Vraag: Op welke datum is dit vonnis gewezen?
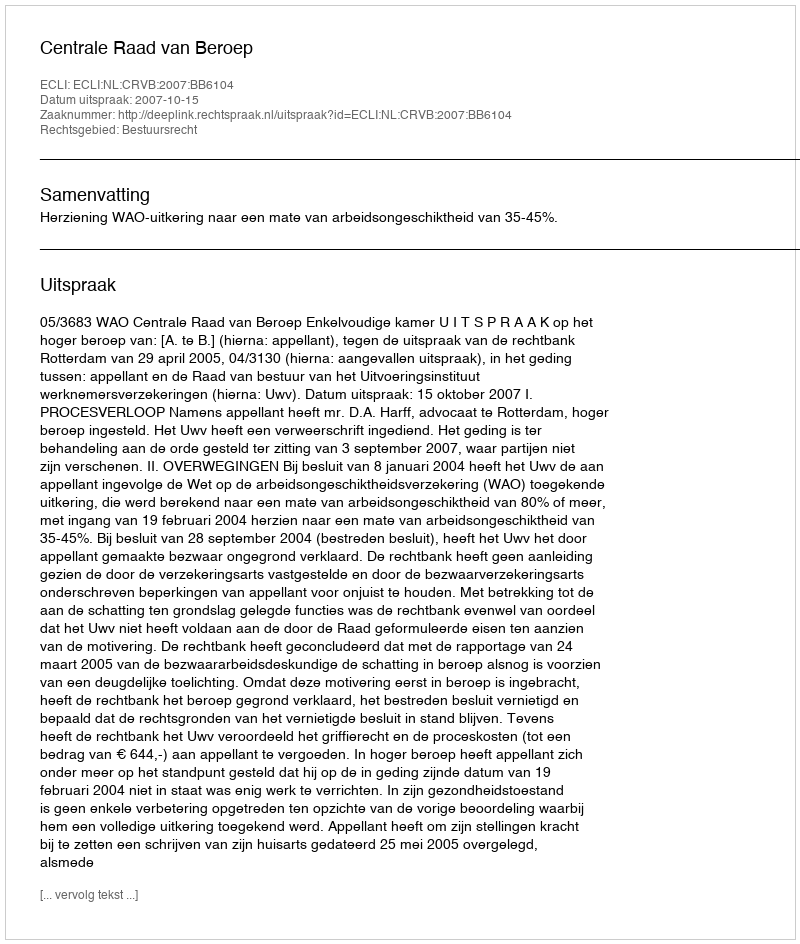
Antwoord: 2007-10-15